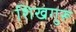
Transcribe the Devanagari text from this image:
शिखगुरू